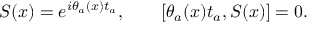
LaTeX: S ( x ) = e ^ { i \theta _ { a } ( x ) t _ { a } } , \qquad [ \theta _ { a } ( x ) t _ { a } , S ( x ) ] = 0 .